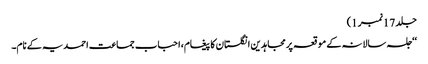
جلد 17نمبر 1)
‘‘جلسہ سالانہ کے موقعہ پرمجاہدین انگلستان کا پیغام،احباب جماعت احمدیہ کے نام۔